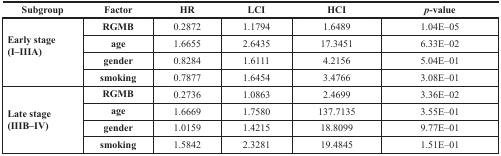
| Subgroup | Factor | HR | LCI | HCI | p-value |
 | --- | --- | --- | --- | --- | --- |
 | <ROWSPAN=4> Early stage (I–IIIA) | RGMB | 0.2872 | 1.1794 | 1.6489 | 1.04E–05 |
 | age | 1.6655 | 2.6435 | 17.3451 | 6.33E–02 |
 | gender | 0.8284 | 1.6111 | 4.2156 | 5.04E–01 |
 | smoking | 0.7877 | 1.6454 | 3.4766 | 3.08E–01 |
 | <ROWSPAN=4> Late stage (IIIB–IV) | RGMB | 0.2736 | 1.0863 | 2.4699 | 3.36E–02 |
 | age | 1.6669 | 1.7580 | 137.7135 | 3.55E–01 |
 | gender | 1.0159 | 1.4215 | 18.8099 | 9.77E–01 |
 | smoking | 1.5842 | 2.3281 | 19.4845 | 1.51E–01 |